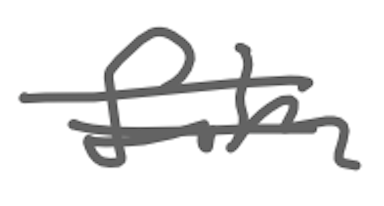
Text: film
Cross-out: double-line
Writing tool: digital_gray